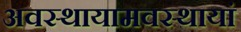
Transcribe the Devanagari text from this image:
अवस्थायामवस्थायां